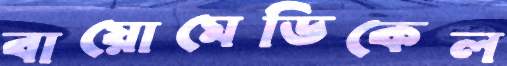
বায়োমেডিকেল